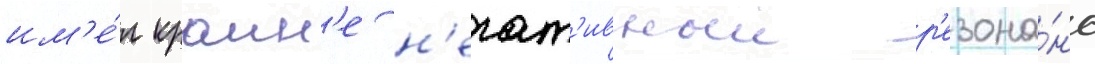
им'е́л краин'е н'егат'ивныи р'езона́нс